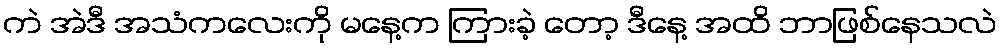
ကဲ အဲဒီ အသံကလေးကို မနေ့က ကြားခဲ့ တော့ ဒီနေ့ အထိ ဘာဖြစ်နေသလဲ